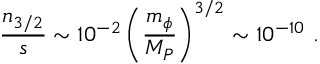
{ \frac { n _ { 3 / 2 } } { s } } \sim 1 0 ^ { - 2 } \left( { \frac { m _ { \phi } } { M _ { P } } } \right) ^ { 3 / 2 } \sim 1 0 ^ { - 1 0 } \ .